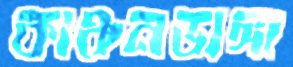
কাঞ্চনডাঙ্গা